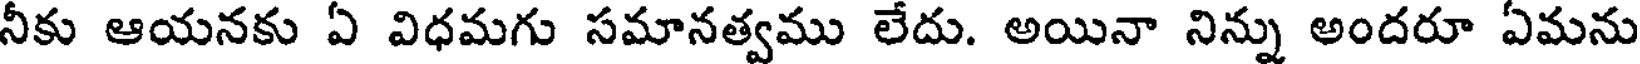
నీకు ఆయనకు ఏ విధమగు సమానత్వము లేదు. అయినా నిన్ను అందరూ ఏమను